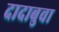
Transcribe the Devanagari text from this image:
दादाबुवा